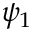
\psi _ { 1 }